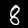
Label: 8